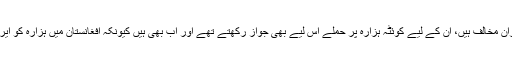
پاکستانی کالعدم تنظیمیں جوکہ ایران مخالف ہیں، ان کے لیے کوئٹہ ہزارہ پر حملے اس لیے بھی جواز رکھتے تھے اور اب بھی ہیں کیونکہ افغانستان میں ہزارہ کو ایران کی پراکسی خیال کیا جاتا ہے۔